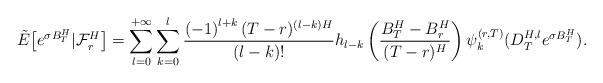
LaTeX: \begin{align*}\tilde{E}\big[e^{\sigma B_T^H}|\mathcal{F}_{r}^{H}\big]=\sum\limits_{l=0}^{+\infty }\sum\limits_{k=0}^{l}\frac{\left( -1\right) ^{l+k}(T-r) ^{\left( l-k\right) H}}{\left( l-k\right) !}h_{l-k}\left( \frac{B_{T}^{H}-B_{r }^{H}}{(T-r) ^{H}}\right)\psi_{k}^{(r,T)}(D_{T}^{H,l}e^{\sigma B_T^H}).\end{align*}